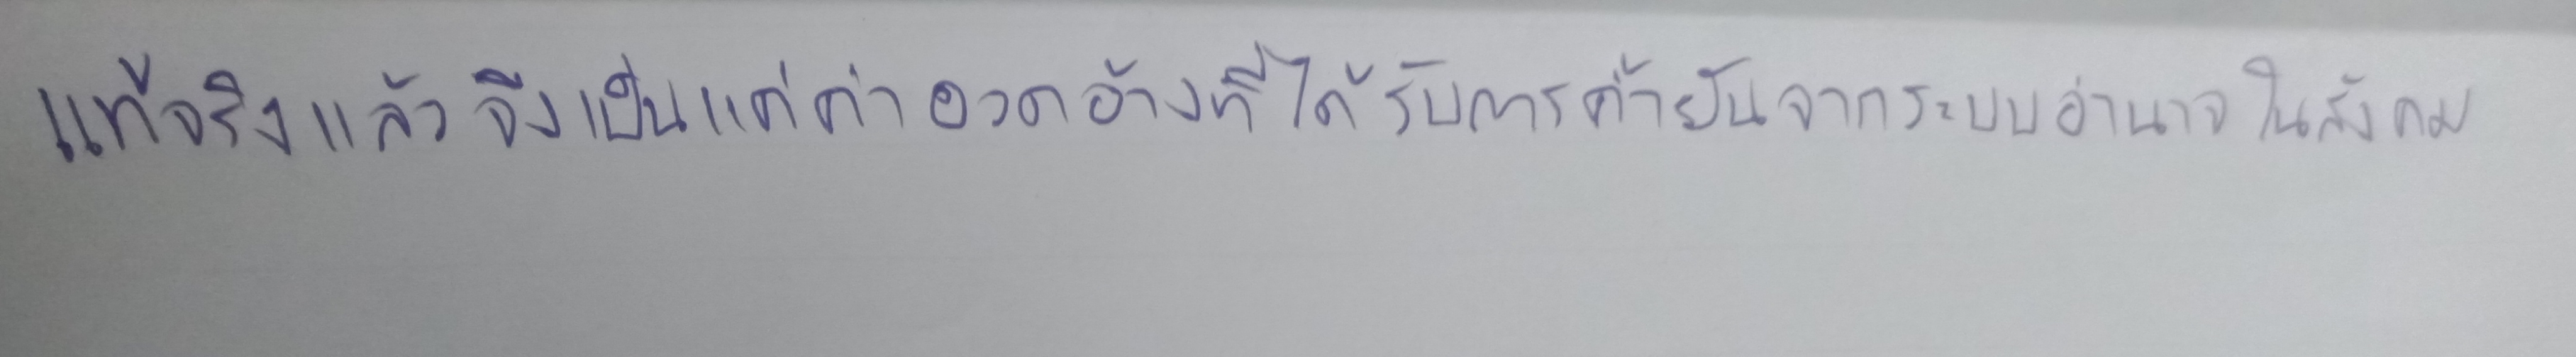
แท้จริงแล้วจึงเป็นแค่คำอวดอ้างที่ได้รับการค้ำยันจากระบบอำนาจในสังคม